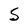
Character: S